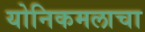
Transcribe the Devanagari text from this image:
योनिकमलाचा